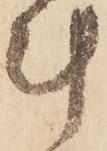
計